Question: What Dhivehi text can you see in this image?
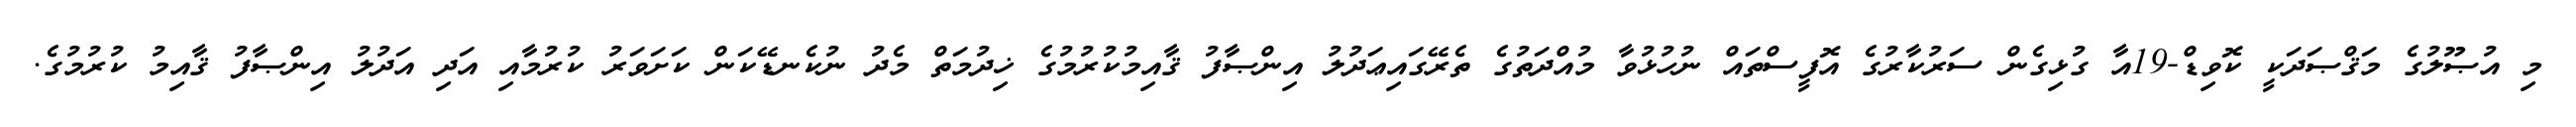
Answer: މި އުޞޫލުގެ މަޤްޞަދަކީ ކޮވިޑް-19އާ ގުޅިގެން ސަރުކާރުގެ އޮފީސްތައް ނުހުޅުވާ މުއްދަތުގެ ތެރޭގައިޢަދުލު އިންޞާފު ޤާއިމުކުރުމުގެ ޚިދުމަތް މެދު ނުކެނޑޭކަން ކަށަވަރު ކުރުމާއި އަދި އަދުލު އިންޞާފު ޤާއިމު ކުރުމުގެ.